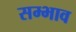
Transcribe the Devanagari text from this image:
सम्भाव